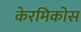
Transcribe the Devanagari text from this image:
केरमिकोस